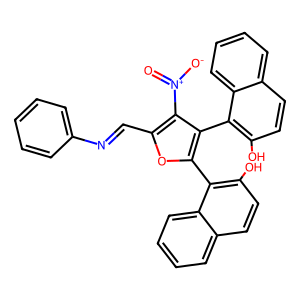
SMILES: O=[N+]([O-])c1c(C=Nc2ccccc2)oc(-c2c(O)ccc3ccccc23)c1-c1c(O)ccc2ccccc12
Inhibits HIV replication: No